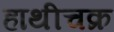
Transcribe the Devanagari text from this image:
हाथीचक्र